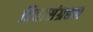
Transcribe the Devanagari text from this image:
विद्यासंग्रहण